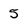
Character: 5